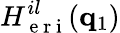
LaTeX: H_{\mathrm{~e~r~i~}}^{il}(\mathbf{q}_{1})